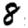
Digit: 8